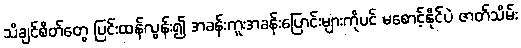
သိချင်စိတ်တွေ ပြင်းထန်လွန်း၍ အခန်းကူးအခန်းပြောင်းများကိုပင် မစောင့်နိုင်ပဲ ဇာတ်သိမ်း